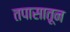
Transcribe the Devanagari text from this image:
तपासातून